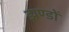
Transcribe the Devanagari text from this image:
झण्‍डों